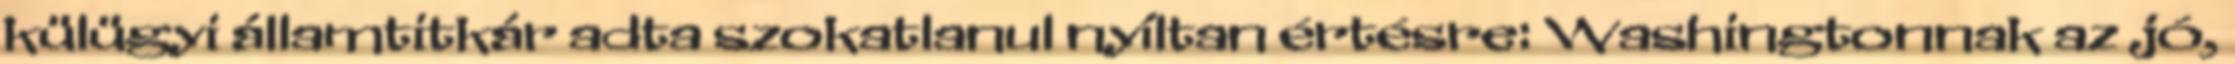
külügyi államtitkár adta szokatlanul nyíltan értésre: Washingtonnak az jó,